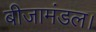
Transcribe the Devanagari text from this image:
बीजामंडल।